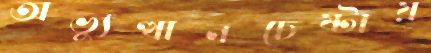
অভ্যুত্থানচেষ্টায়